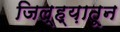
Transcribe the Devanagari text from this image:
जिल्ह्य़ातून